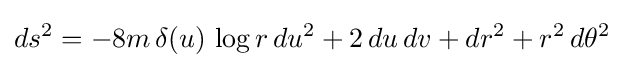
ds^{2}=-8m\,\delta (u)\,\log r\,du^{2}+2\,du\,dv+dr^{2}+r^{2}\,d\theta ^{2}